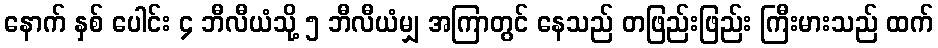
နောက် နှစ် ပေါင်း ၄ ဘီလီယံသို့ ၅ ဘီလီယံမျှ အကြာတွင် နေသည် တဖြည်းဖြည်း ကြီးမားသည် ထက်